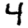
Digit: 4